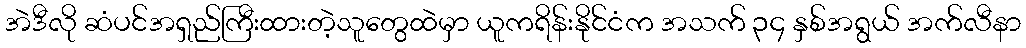
အဲဒီလို ဆံပင်အရှည်ကြီးထားတဲ့သူတွေထဲမှာ ယူကရိန်းနိုင်ငံက အသက် ၃၄ နှစ်အရွယ် အက်လီနာ